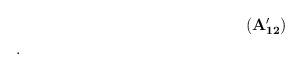
LaTeX: \begin{align*}\tag*{${\bf (A_{12}')}$} &\\&\, .\end{align*}